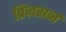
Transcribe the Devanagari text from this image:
प्रिंज़हार्न